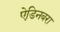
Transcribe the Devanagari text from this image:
ऐडिनबरा